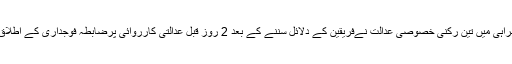
جسٹس فیصل عرب کی سربراہی میں تین رکنی خصوصی عدالت نےفریقین کے دلائل سننے کے بعد 2 روز قبل عدالتی کارروائی پرضابطہ فوجداری کے اطلاق پر فیصلہ محفوظ کرلیا تھا۔